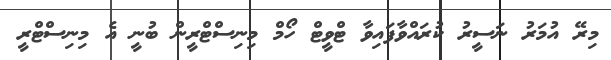
މިރޭ އުމަރު ނަސީރު ކުރައްވާފައިވާ ޓްވީޓް ހޯމް މިނިސްޓްރީން ބުނީ އެ މިނިސްޓްރީ